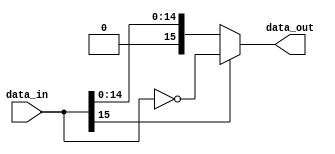
// Module Name:    Abs 
// Luis Osses Gutierrez

module Abs
  #(  parameter n=16)( 
  input signed  [n-1:0] data_in,
  output        [n-1:0] data_out);
	
  assign data_out = ~data_in[n-1] ? data_in : ~data_in; 

endmodule